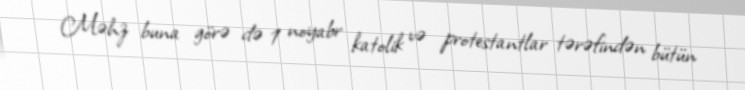
Məhz buna görə də 1 noyabr katolik və protestantlar tərəfindən bütün